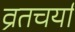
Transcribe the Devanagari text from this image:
व्रतचर्या